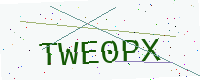
Text: TWE0PX